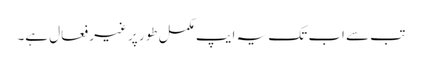
تب سے اب تک یہ ایپ مکمل طور پر غیر فعال ہے۔